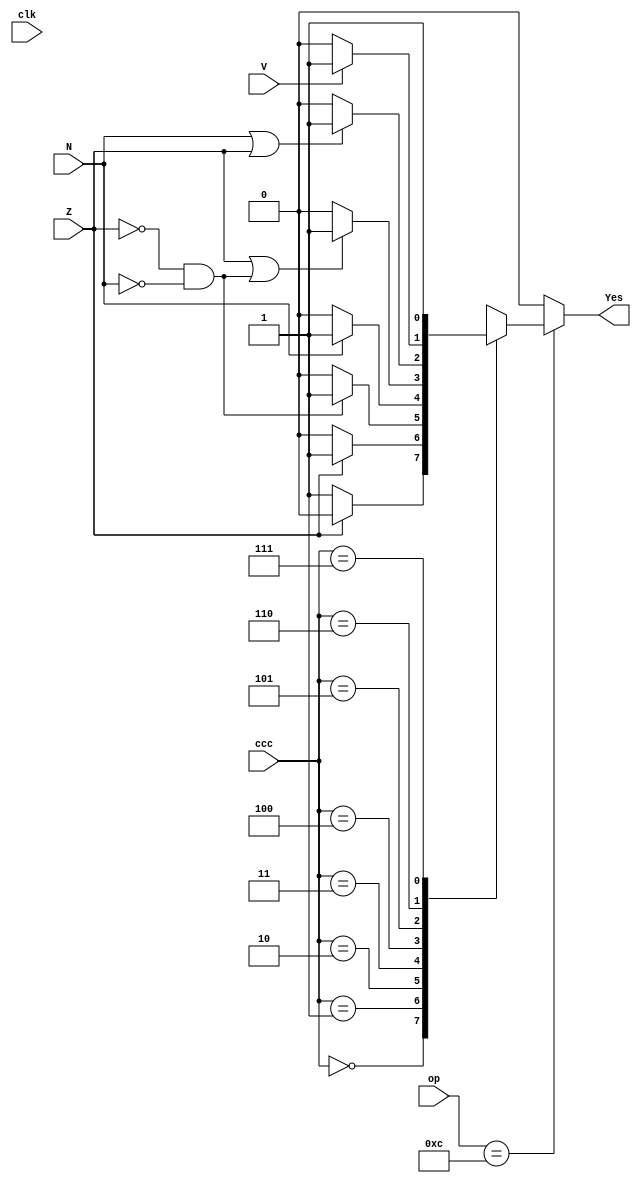
module branch_met(Yes,ccc,N,V,Z,clk, op);

  input[2:0] ccc;
  input N, V, Z, clk;
  input[3:0] op;
  output reg Yes;
  localparam NEQ = 3'b000;
  localparam EQ  = 3'b001;
  localparam GT  = 3'b010;
  localparam LT  = 3'b011;
  localparam GTE = 3'b100;
  localparam LTE = 3'b101;
  localparam OV  = 3'b110;
  localparam UN  = 3'b111;

  always@(*) begin
  Yes = 0;
  if(op==4'b1100) begin
    case (ccc)
      NEQ: begin
	if(Z == 1'b0) begin
          Yes = 1;
	end
      end
      EQ: begin
	if(Z == 1'b1) begin
	  Yes = 1;
        end
      end
      GT: begin
        if(Z == 1'b0 && N == 1'b0) Yes = 1;
      end
      LT: begin
        if(N == 1'b1) Yes = 1;
      end
      GTE: begin
        if(Z == 1'b1 || (Z == 1'b0 && N == 1'b0)) Yes = 1;
      end
      LTE: begin
        if(N == 1'b1 || Z == 1'b1) Yes = 1;
      end
      OV: begin
        if(V == 1'b1) Yes = 1;
      end
      UN: begin
        Yes = 1;
      end
      default: begin
        Yes = 0;
      end
    endcase
  end
  end

endmodule